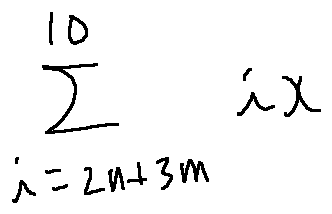
\sum \limits _ { i = 2 n + 3 m } ^ { 1 0 } i x